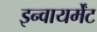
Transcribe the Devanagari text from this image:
इन्वायर्मेंट